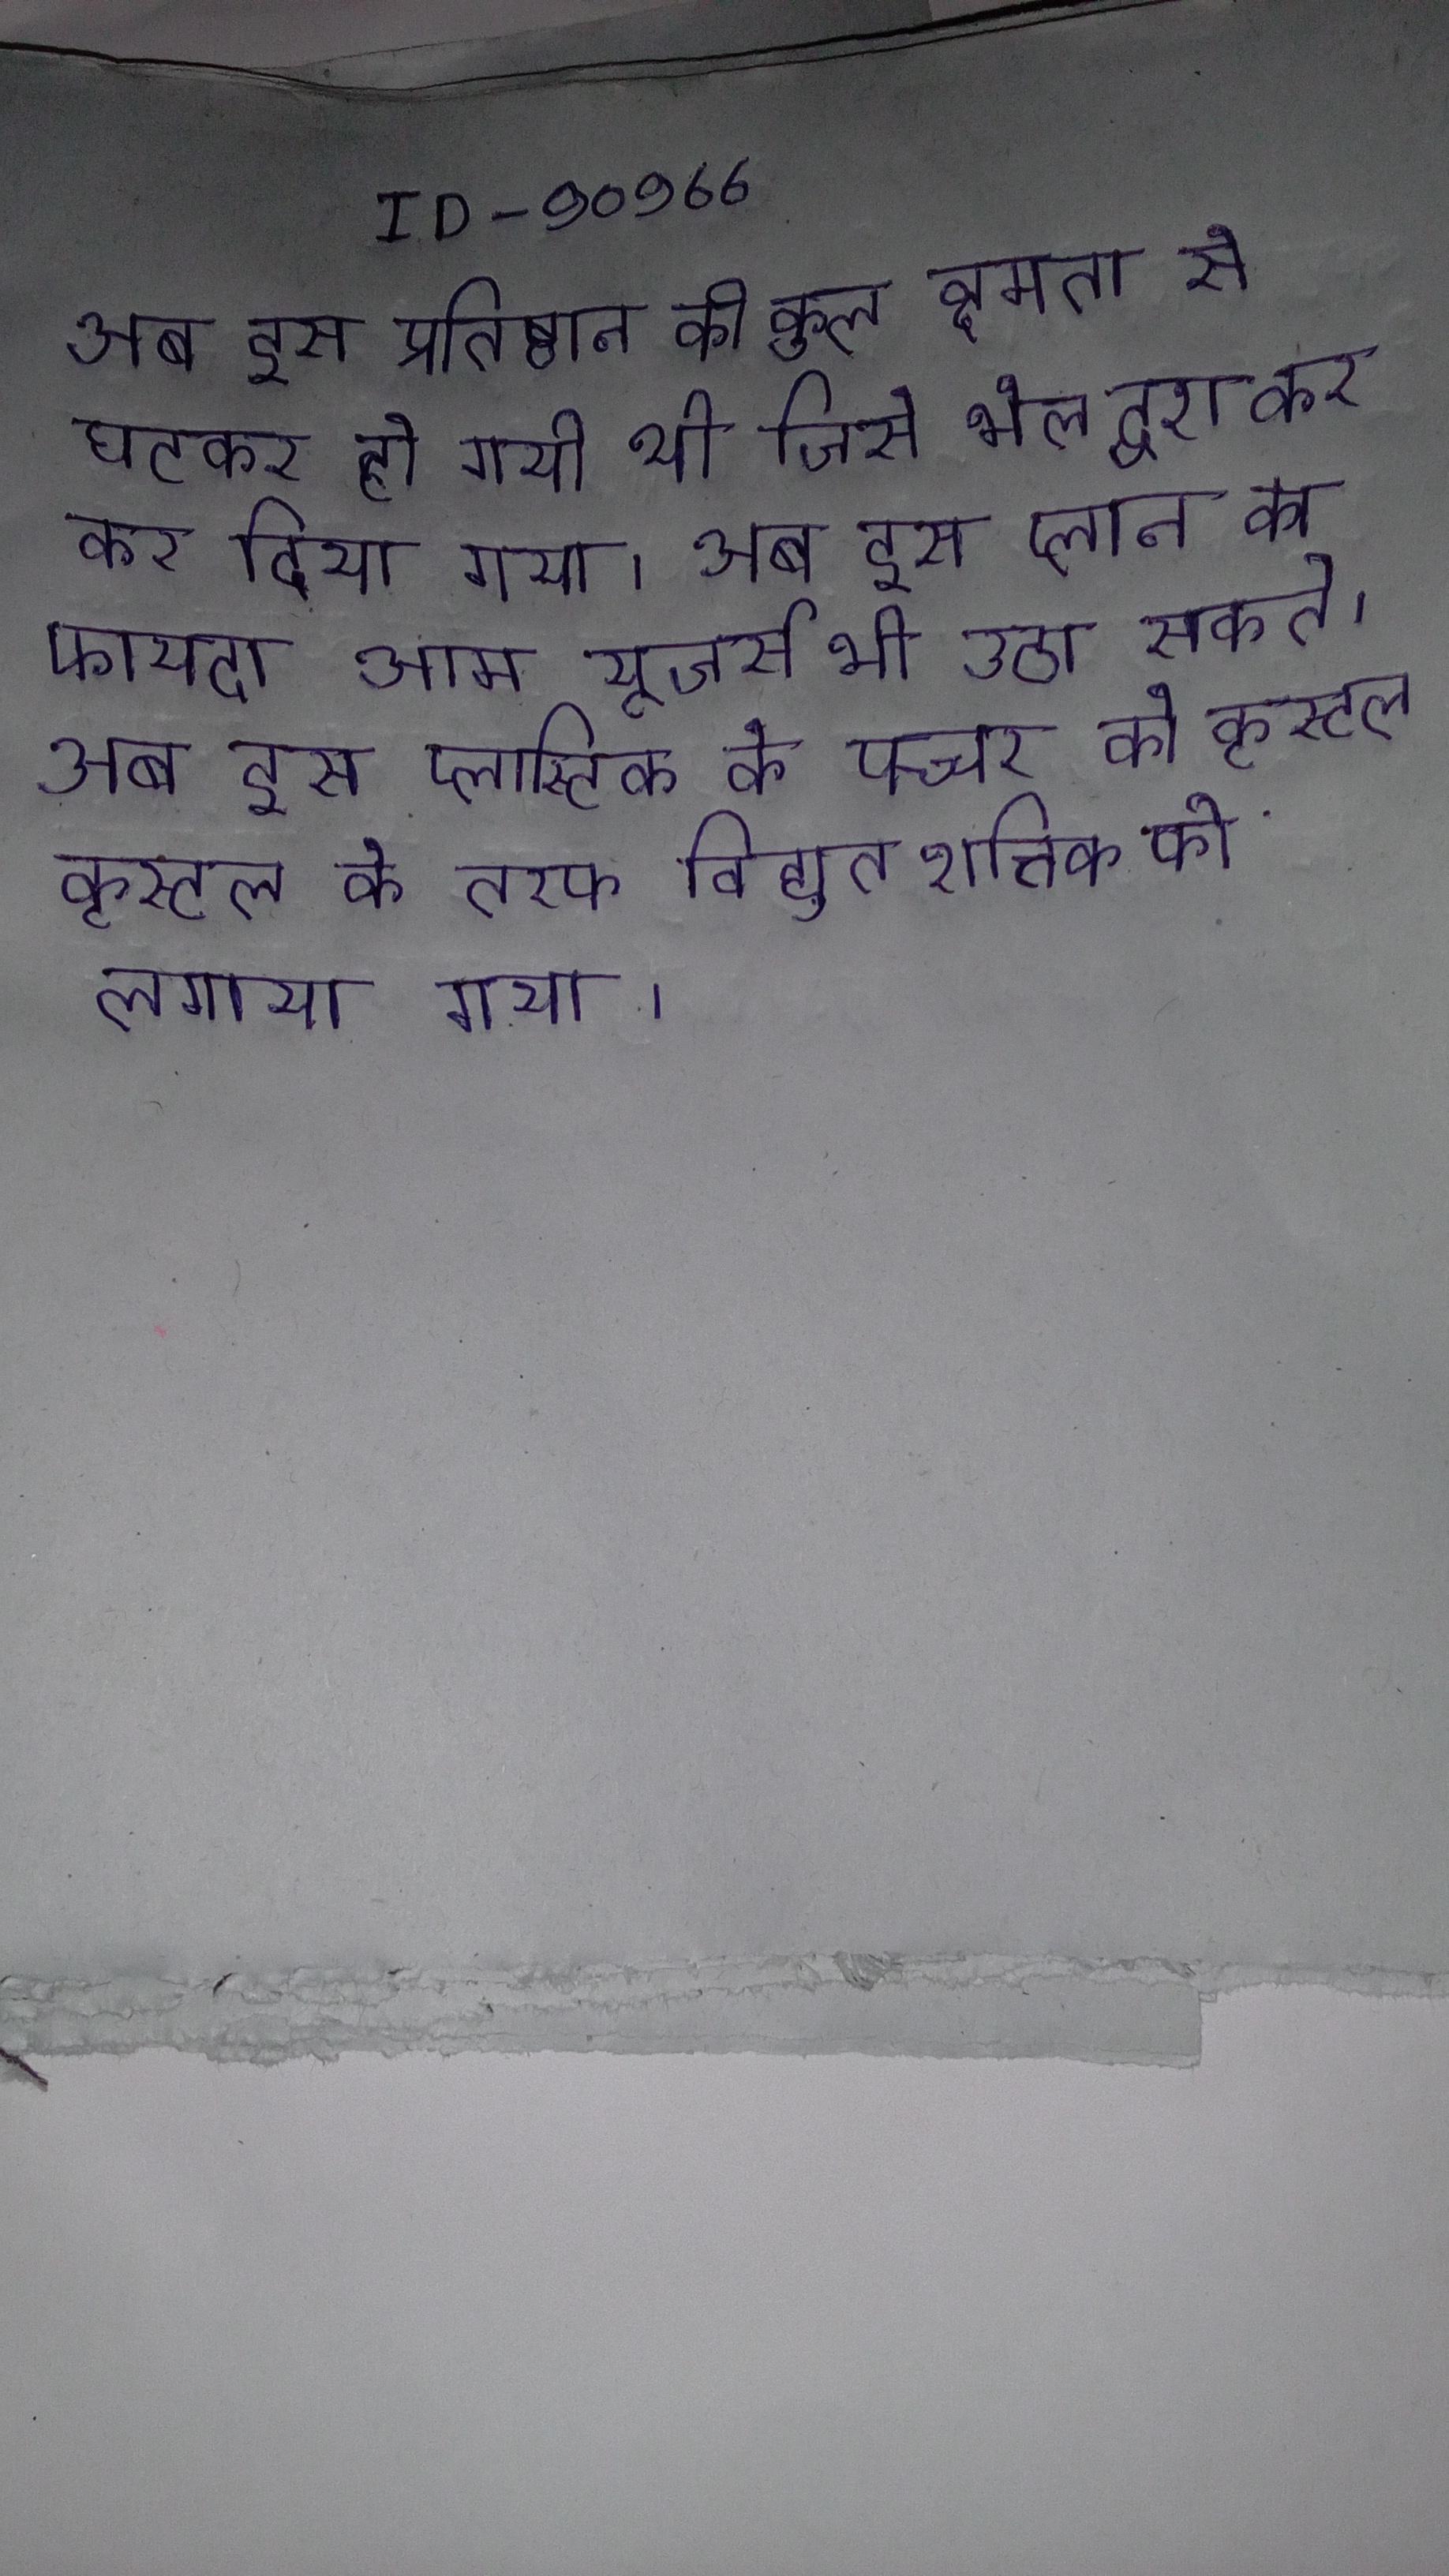
अब इस प्रतिष्ठान की कुल क्षमता से घटकर हो गयी थी जिसे भेल द्वारा कर कर दिया गया । अब इस प्लान का फायदा आम यूजर्स भी उठा सकते । अब इस प्लास्टिक के पच्चर को कृस्टल कृस्टल के तरफ विद्युत शक्ति को लगाया गया ।